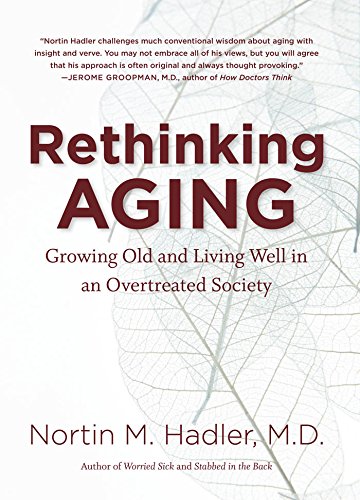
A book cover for Rethinking Aging: Growing Old and Living Well in an Overtreated Society; Nortin M. Hadler; Health, Fitness & Dieting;